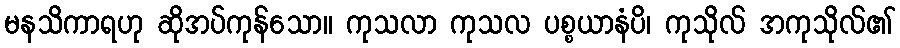
မနသိကာရဟု ဆိုအပ်ကုန်သော။ ကုသလာ ကုသလ ပစ္စယာနံပိ၊ ကုသိုလ် အကုသိုလ်၏